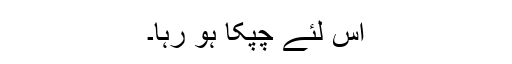
اس لئے چپکا ہو رہا۔